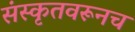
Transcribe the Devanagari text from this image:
संस्कृतवरूनच